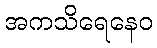
အကသိရေနေဝ